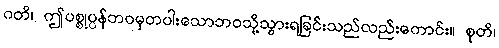
ဂတိ၊ ဤပစ္စုပ္ပန်ဘဝမှတပါးသောဘဝသို့သွားရခြင်းသည်လည်းကောင်း။ စုတိ၊